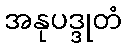
အနုပဒ္ဒုတံ